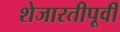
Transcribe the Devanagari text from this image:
शेजारतीपूर्वी